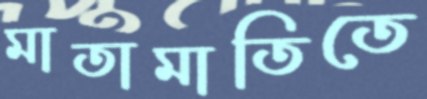
মাতামাতিতে